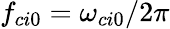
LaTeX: f_{ci0}=\omega_{ci0}/2\pi